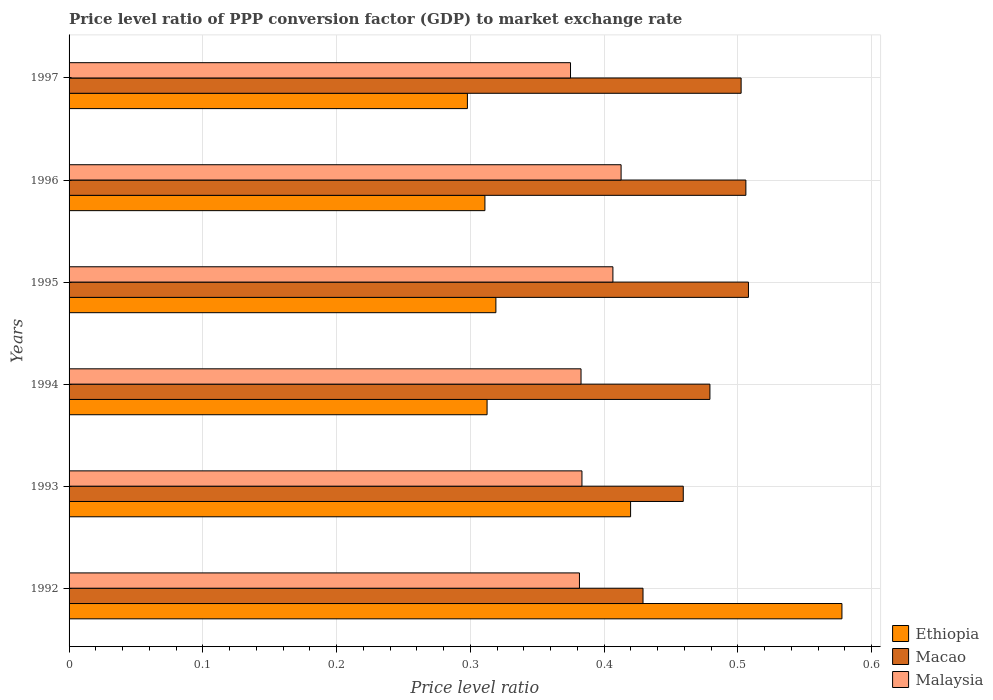
| Years | Ethiopia | Macao | Malaysia |
 | --- | --- | --- | --- |
 | 1992 | 0.578 | 0.429 | 0.382 |
 | 1993 | 0.42 | 0.459 | 0.383 |
 | 1994 | 0.312 | 0.479 | 0.383 |
 | 1995 | 0.319 | 0.508 | 0.407 |
 | 1996 | 0.311 | 0.506 | 0.413 |
 | 1997 | 0.298 | 0.502 | 0.375 |